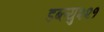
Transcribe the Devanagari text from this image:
डब्ल्यु२२१